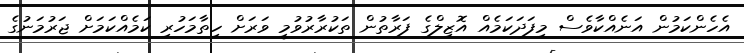
އެހެންކަމުން އަނެއްކާވެސް މިފަދަކަމެއް އޮޒިލްގެ ފަރާތުން ތަކުރާރުވުމީ ވަރަށް ހިތާމަހުރި ކަމެއްކަމަށް ޖަރުމަނުގެ